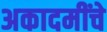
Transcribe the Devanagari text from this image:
अकादमींचे